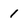
Character: 1